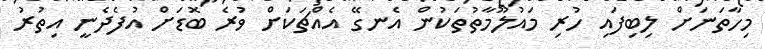
މިހާތަނަށް ލިބިފައި ހުރި މައުލޫމާތުތަކުން އެނގޭ އެއްޗަކަށް ވުރެ ބޮޑަށް އުފެދެނީ އިތުރު